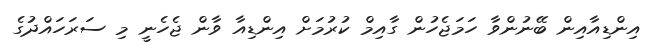
އިންޑިއާއިން ބޭނުންވާ ހަމަޖެހުން ގާއިމް ކުރުމަށް އިންޑިއާ ވާން ޖެހެނީ މި ސަރަހައްދުގެ